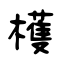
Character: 檴